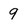
Character: 9